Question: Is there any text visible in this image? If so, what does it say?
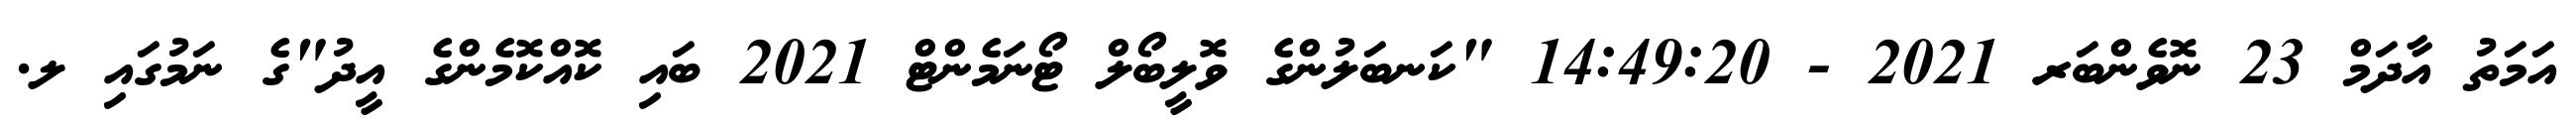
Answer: އަމަތު އާދަމް 23 ނޮވެންބަރ 2021 - 14:49:20 "ކަނބަލުންގެ ވޮލީބޯލް ޓޯނަމެންޓް 2021 ބައި ކޮއްކޮމެންގެ އީދު"ގެ ނަމުގައި ލ.